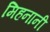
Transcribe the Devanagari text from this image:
मिहनानी